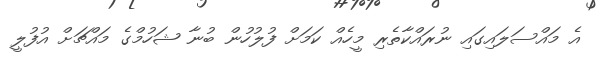
އެ މައްސަލައިގައި ނުރައްކާތެރި މީހެއް ކަމަށް ފުލުހުން ބުނާ ޝަހުމްގެ މައްޗަށް އުފުލީ